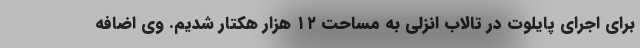
برای اجرای پایلوت در تالاب انزلی به مساحت ۱۲ هزار هکتار شدیم. وی اضافه